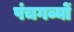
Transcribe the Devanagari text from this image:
पंचगव्यों